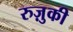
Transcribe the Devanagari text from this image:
रुज़ुकी